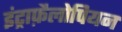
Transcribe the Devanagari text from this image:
इंट्राफ़ैलोपियन